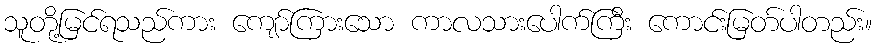
သူတို့မြင်ရသည်ကား ကျော်ကြားသော ကာလသားပေါက်ကြီး ကောင်းမြတ်ပါတည်း။